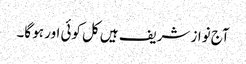
آج نواز شریف ہیں کل کوئی اور ہو گا۔